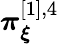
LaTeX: \boldsymbol{\pi}_{\boldsymbol{\xi}}^{[1],4}